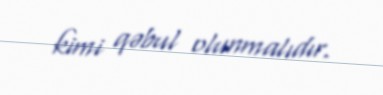
kimi qəbul olunmalıdır.